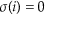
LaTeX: \sigma ( i ) = 0